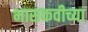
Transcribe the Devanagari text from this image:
भासकवीच्या